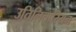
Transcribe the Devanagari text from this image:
उतिलितारियन